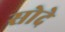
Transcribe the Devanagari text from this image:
सोदे